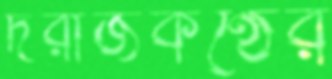
দরাজকণ্ঠের